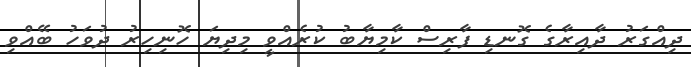
ދިއްގަރު ދާއިރާގެ ގޮނޑި ފާރިސް ކާމިޔާބު ކުރެއްވީ މިދިޔަ ހޮނިހިރު ދުވަހު ބޭއްވި